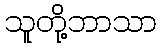
သူတို့ဘာသာ